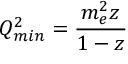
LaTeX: Q _ { m i n } ^ { 2 } = { \frac { m _ { e } ^ { 2 } z } { 1 - z } }